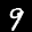
Label: 9